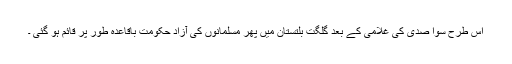
اس طرح سوا صدی کی غلامی کے بعد گلگت بلتستان میں پھر مسلمانوں کی آزاد حکومت باقاعدہ طور پر قائم ہو گئی ۔